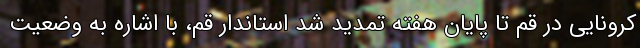
کرونایی در قم تا پایان هفته تمدید شد استاندار قم، با اشاره به وضعیت